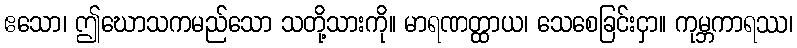
ဧသော၊ ဤဃောသကမည်သော သတို့သားကို။ မာရဏတ္ထာယ၊ သေစေခြင်းငှာ။ ကုမ္ဘကာရဿ၊